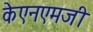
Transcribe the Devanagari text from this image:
केएनएमजी